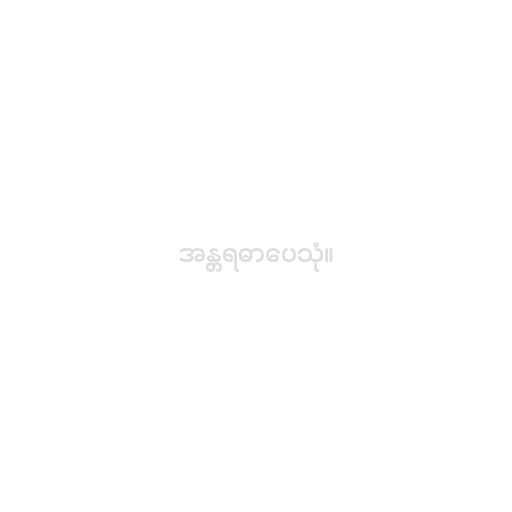
အန္တရဓာပေသုံ။